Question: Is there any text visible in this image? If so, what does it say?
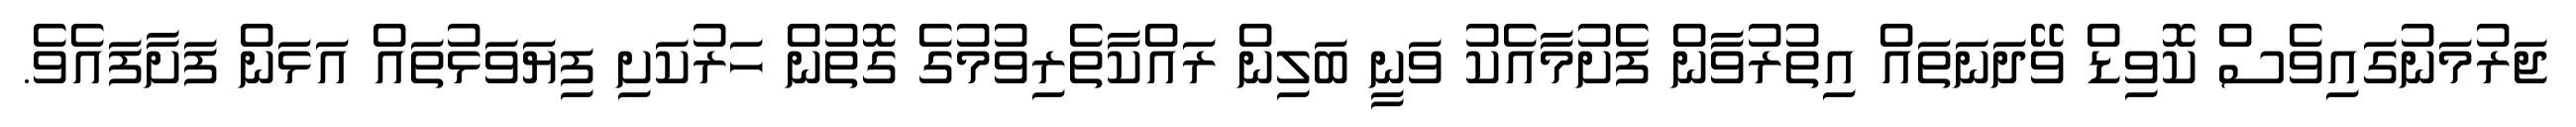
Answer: ޖަރުމަނުގައިވެސް ކޮވިޑް ވޭދަނަތައް އިތުރުވާން ފެށުމާއެކު ވަނީ ބަލިން ރައްކާތެރިވުމުގެ ގޮތުން ހަރުކަށި ފިޔަވަޅުތައް އަޅަން ފަށާފައެވެ.